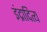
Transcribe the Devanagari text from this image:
इंद्रादित्य